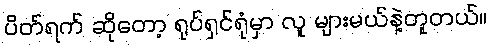
ပိတ်ရက် ဆိုတော့ ရုပ်ရှင်ရုံမှာ လူ များမယ်နဲ့တူတယ်။